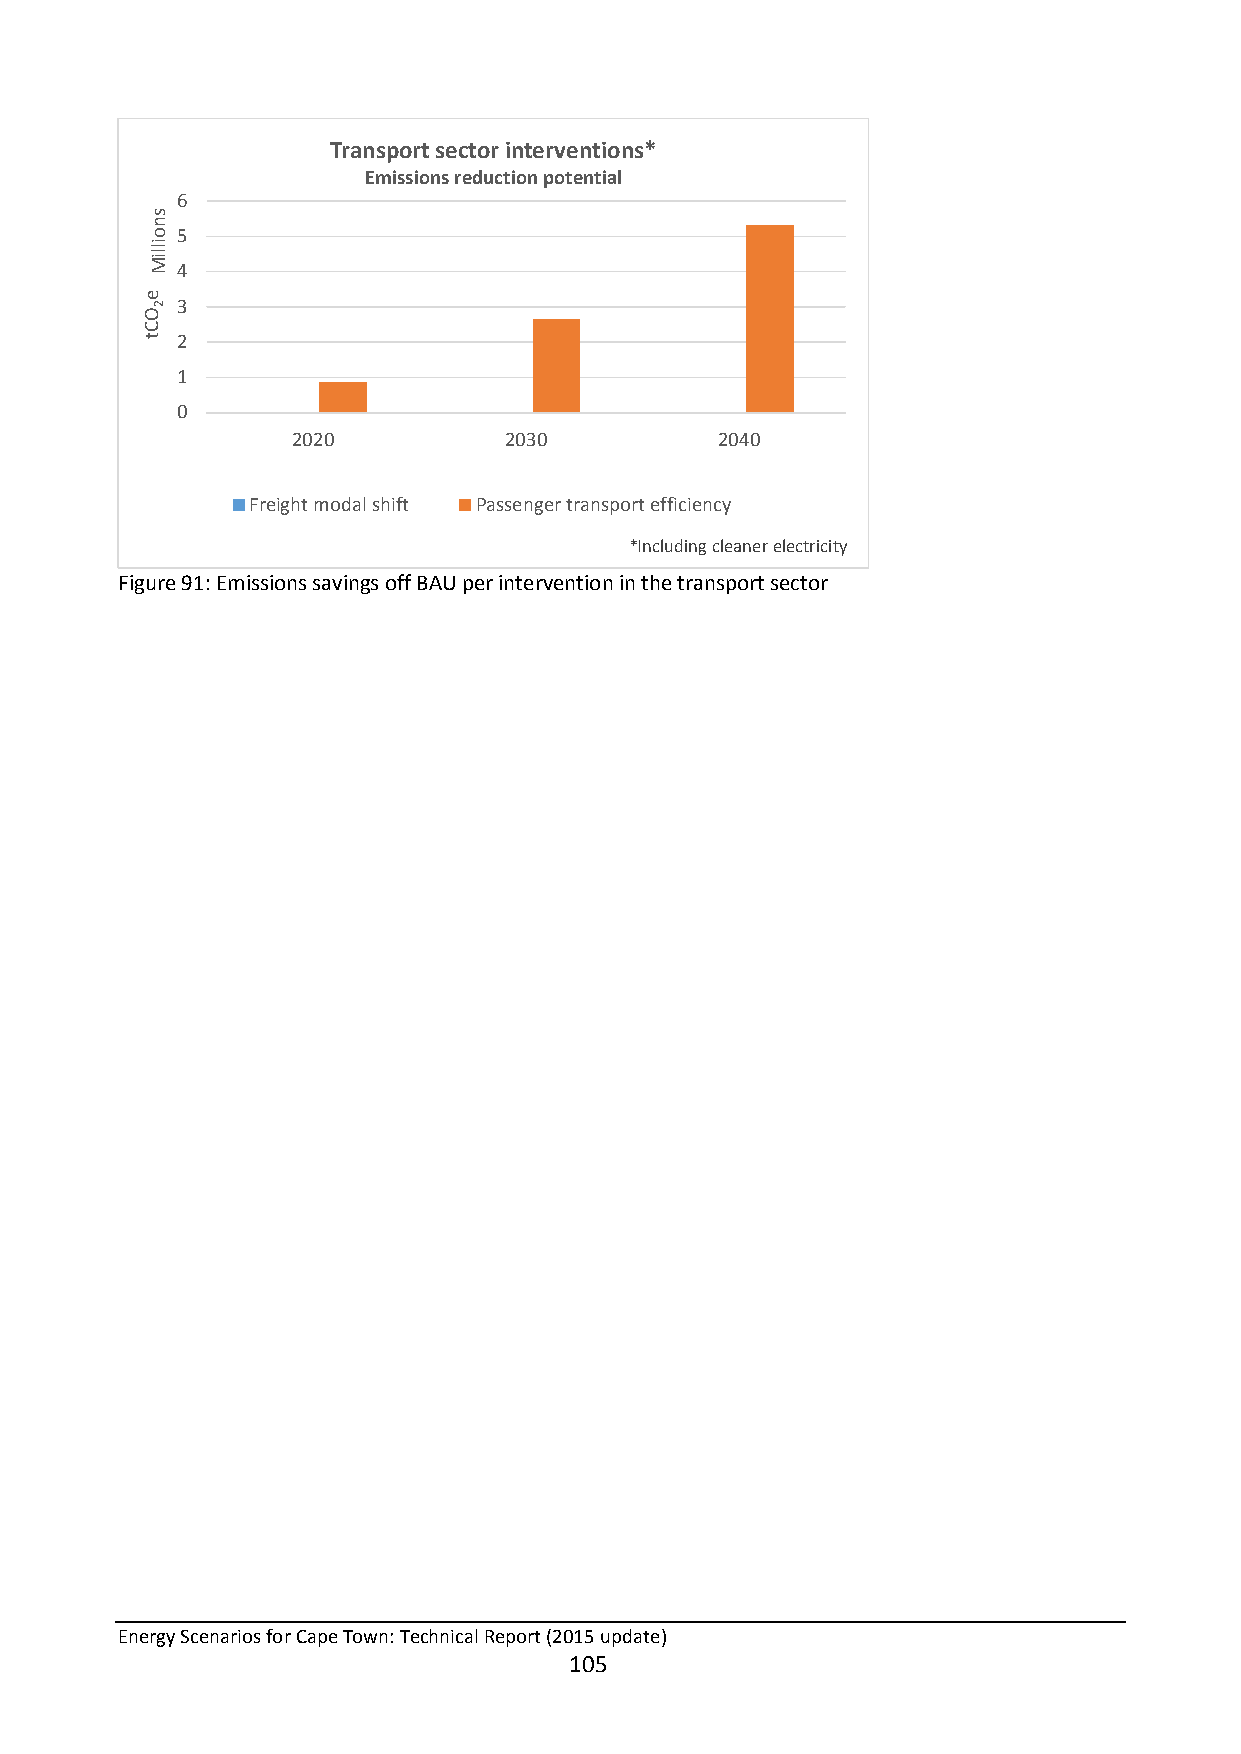
Transport sector interventions*
 Emissions reduction potential
 6
 5
 4
 3
 2
 1
 0
 2020          2030           2040
 Freight modal shift Passenger transport efficiency
 *Including cleaner electricity
 Figure 91: Emissions savings off BAU per intervention in the transport sector
 Energy Scenarios for Cape Town: Technical Report (2015 update)
 105
 e
 OCt
 snoilliM
 2